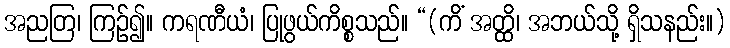
အညတြ၊ ကြဉ်၍။ ကရဏီယံ၊ ပြုဖွယ်ကိစ္စသည်။ “(ကိံ အတ္ထိ၊ အဘယ်သို့ ရှိသနည်း။)